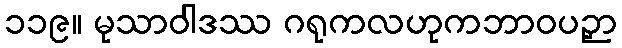
၁၁၉။ မုသာဝါဒဿ ဂရုကလဟုကဘာဝပဉှာ